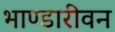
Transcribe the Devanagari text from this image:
भाण्डारीवन